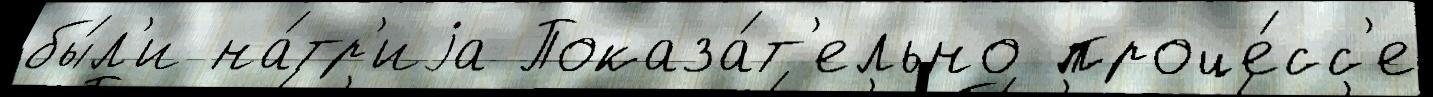
бы́л'и на́тр'иjа Показа́т'ельно проце́сс'е